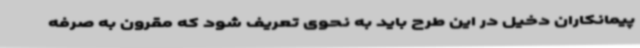
پیمانکاران دخیل در این طرح باید به نحوی تعریف شود که مقرون به صرفه